Tartu_Linna_ja_Maakonna_Kaitseliit, lk 72
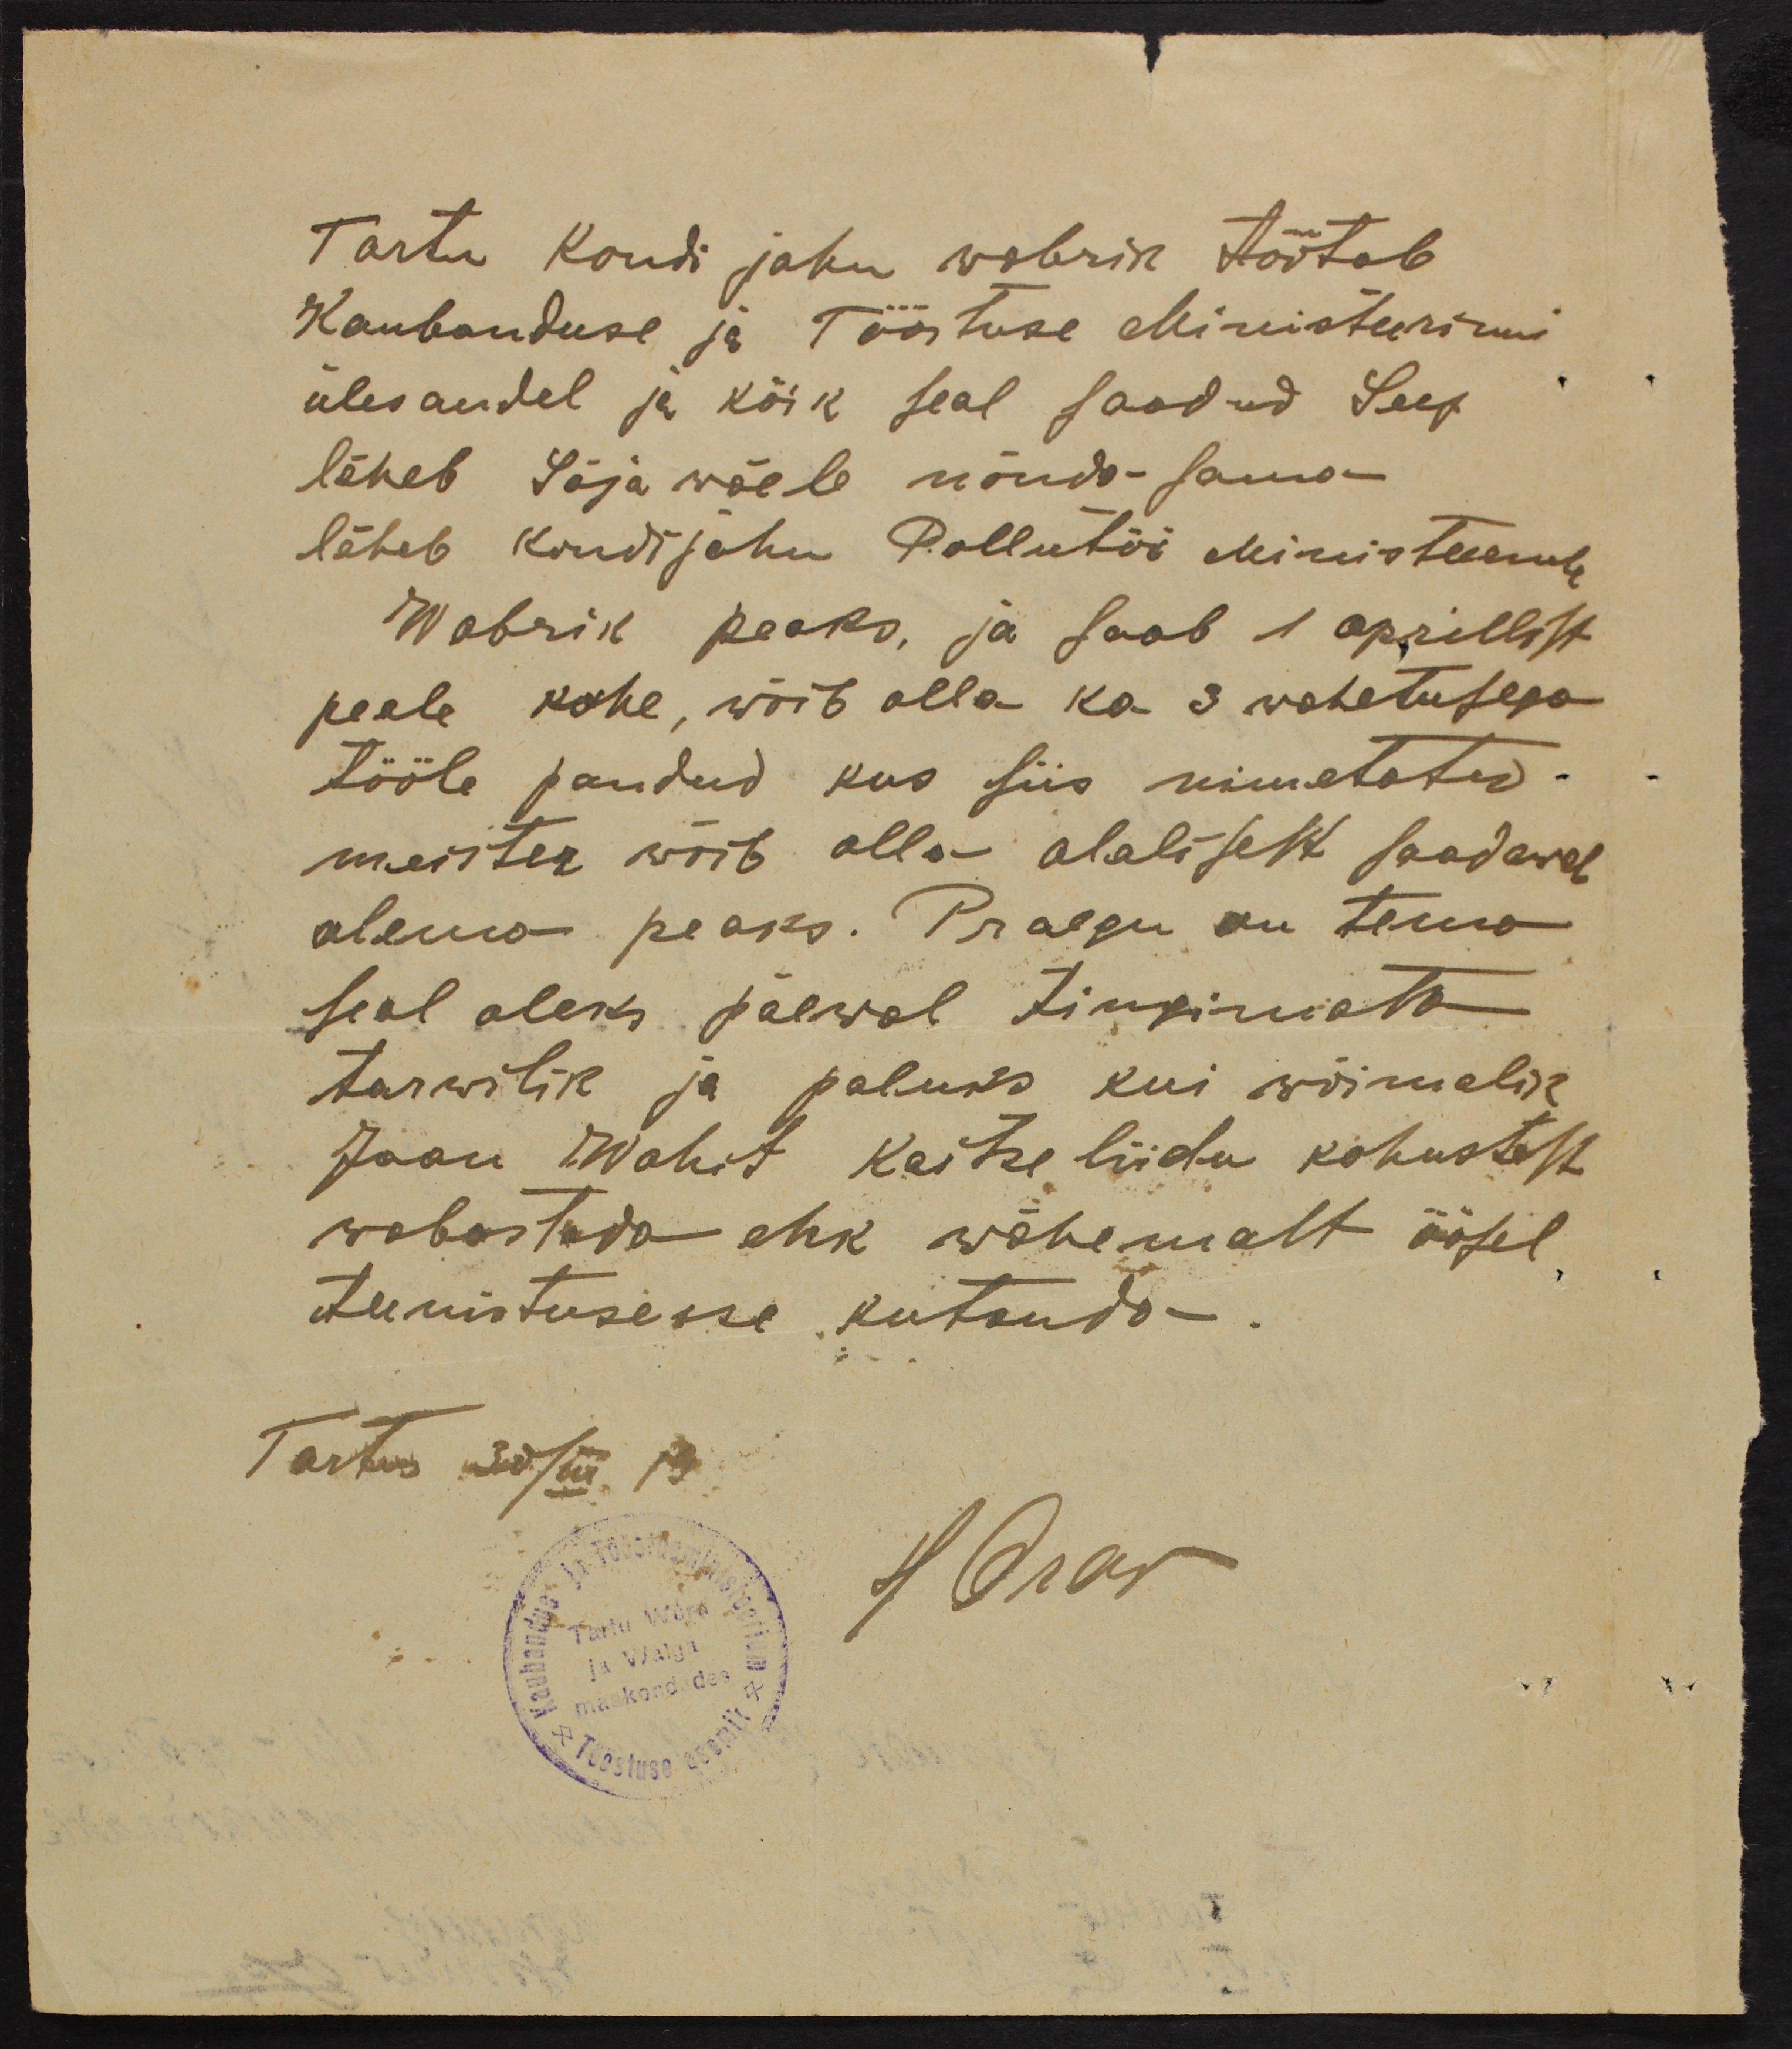
Tartu Kondi jahu wabrik töötab
Kaubanduse ja Tööstuse Ministeerimi
ülesandel ja kõik seal saadud Seep
läheb Sõjawäele nõuda sama
läheb Kondijahu Pollutöö Ministeerule
Wabrik peaks, ja saab 1 aprillist
peale kohe, wõib olla ka 3 wahetusega
tööle pandud kus siis nimetatud
meister wõib olla alalisest saadaval
olema peaks. Praegu on tema
seal oleks päewal tingimata
tarwilik ja paluks kui wõimalik
Jaan Wahit Kaitseliidu kohustest
wabastada ehk wähemalt öösel
teenistusesse kutsuda.
Tartus 30/III 19
H Orav